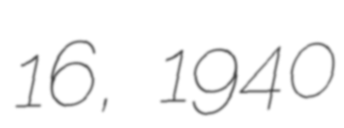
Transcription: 16, 1940